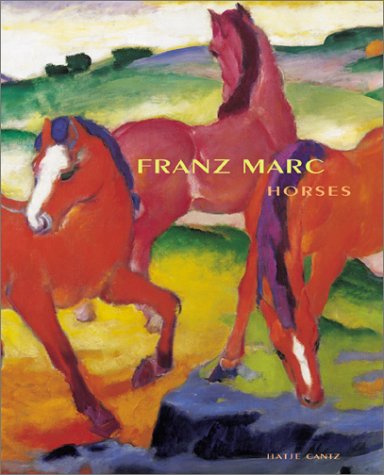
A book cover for Franz Marc: Horses; Andreas Schalhorn; Arts & Photography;